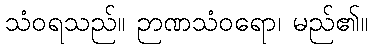
သံဝရသည်။ ဉာဏသံဝရော၊ မည်၏။